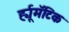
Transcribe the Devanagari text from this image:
र्ह्यूमॅटिक